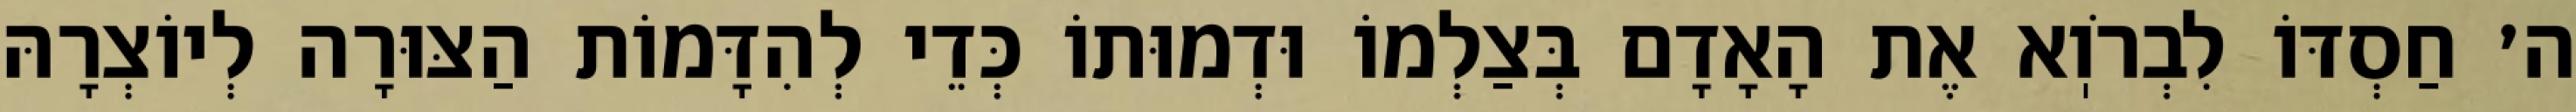
ה׳ חַסְדּוֹ לִבְרֹוֽא אֶת הָאָדָם בְּצַלְמוֹ וּדְמוּתוֹ כְּדֵי לְהִדָּמוֹת הַצּוּרָה לְיוֹצְרָהּ